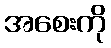
အစေးကို